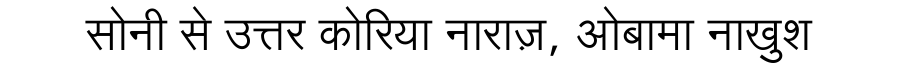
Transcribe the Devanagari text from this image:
सोनी से उत्तर कोरिया नाराज़, ओबामा नाखुश